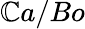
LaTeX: \mathbb{C}a/Bo